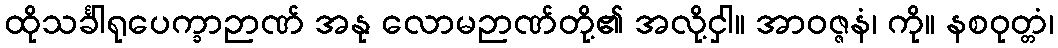
ထိုသင်္ခါရုပေက္ခာဉာဏ် အနု လောမဉာဏ်တို့၏ အလို့ငှါ။ အာဝဇ္ဇနံ၊ ကို။ နစဝုတ္တံ၊